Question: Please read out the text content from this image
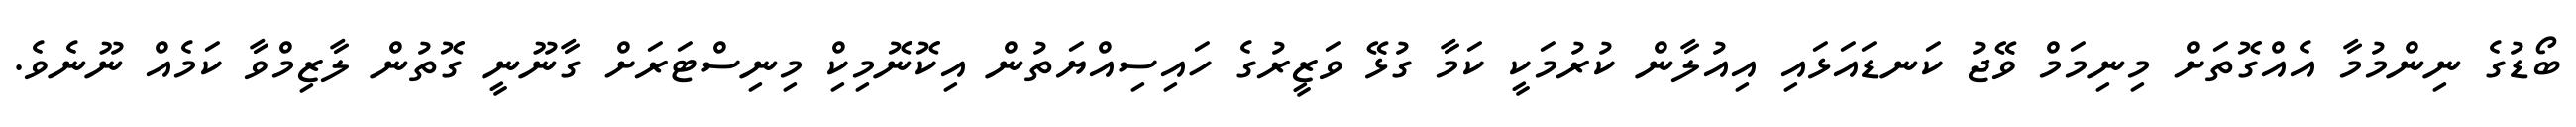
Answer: ބޯޑުގެ ނިންމުމާ އެއްގޮތަށް މިނިމަމް ވޭޖު ކަނޑައަޅައި އިއުލާން ކުރުމަކީ ކަމާ ގުޅޭ ވަޒީރުގެ ހައިސިއްޔަތުން އިކޮނޮމިކިް މިނިސްޓަރަށް ގާނޫނީ ގޮތުން ލާޒިމްވާ ކަމެއް ނޫނެވެ.